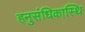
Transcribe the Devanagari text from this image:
हनुसंधिकास्थि